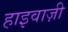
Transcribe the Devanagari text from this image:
हाइवाज़ी